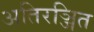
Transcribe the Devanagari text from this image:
अतिरञ्जित